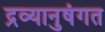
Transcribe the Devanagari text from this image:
द्रव्यानुषंगत